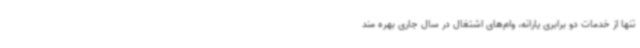
تنها از خدمات دو برابری یارانه، وام‌های اشتغال در سال جاری بهره مند